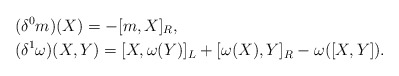
\begin{align*}&(\delta^{0}m)(X)=-[m,X]_{R},\\&(\delta^{1}\omega)(X,Y)=[X,\omega(Y)]_{L}+[\omega(X),Y]_{R}-\omega([X,Y]).\end{align*}